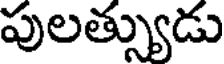
పులత్స్యుడు